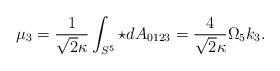
LaTeX: \begin{align*}\mu_ 3 = \frac{1}{\sqrt{2}\kappa}\int_{S^5} \star d A_{0123} =\frac{4}{\sqrt{2}\kappa }\Omega_5 k_3 .\end{align*}